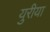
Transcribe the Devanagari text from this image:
युरीया